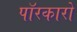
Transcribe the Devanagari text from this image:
पॉरकारो